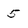
Character: 5